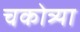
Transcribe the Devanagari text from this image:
चकोत्र्या